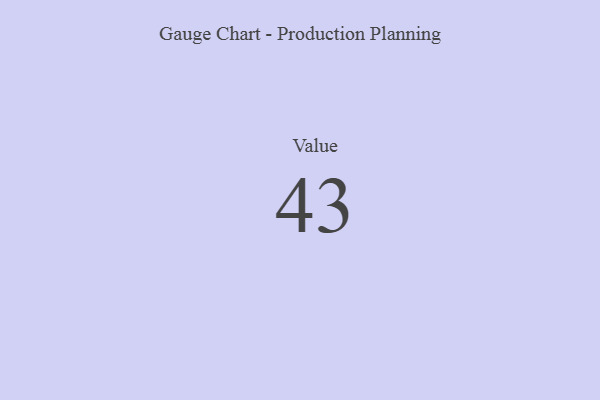
{"axis": {"x": "Metric", "y": "Value"}, "legend": [""], "data": [{"x": "Value", "y": 43, "type": ""}]}